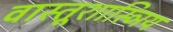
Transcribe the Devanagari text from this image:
वास्तूशास्ञिय